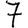
Digit: 7